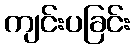
ကျင်းပခြင်း